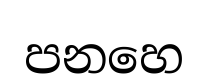
පනහෙ